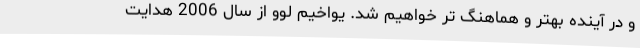
و در آینده بهتر و هماهنگ تر خواهیم شد. یواخیم لوو از سال 2006 هدایت